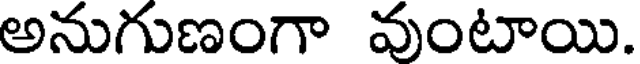
అనుగుణంగా వుంటాయి.